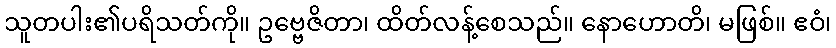
သူတပါး၏ပရိသတ်ကို။ ဥဗ္ဗေဇိတာ၊ ထိတ်လန့်စေသည်။ နောဟောတိ၊ မဖြစ်။ ဧဝံ၊